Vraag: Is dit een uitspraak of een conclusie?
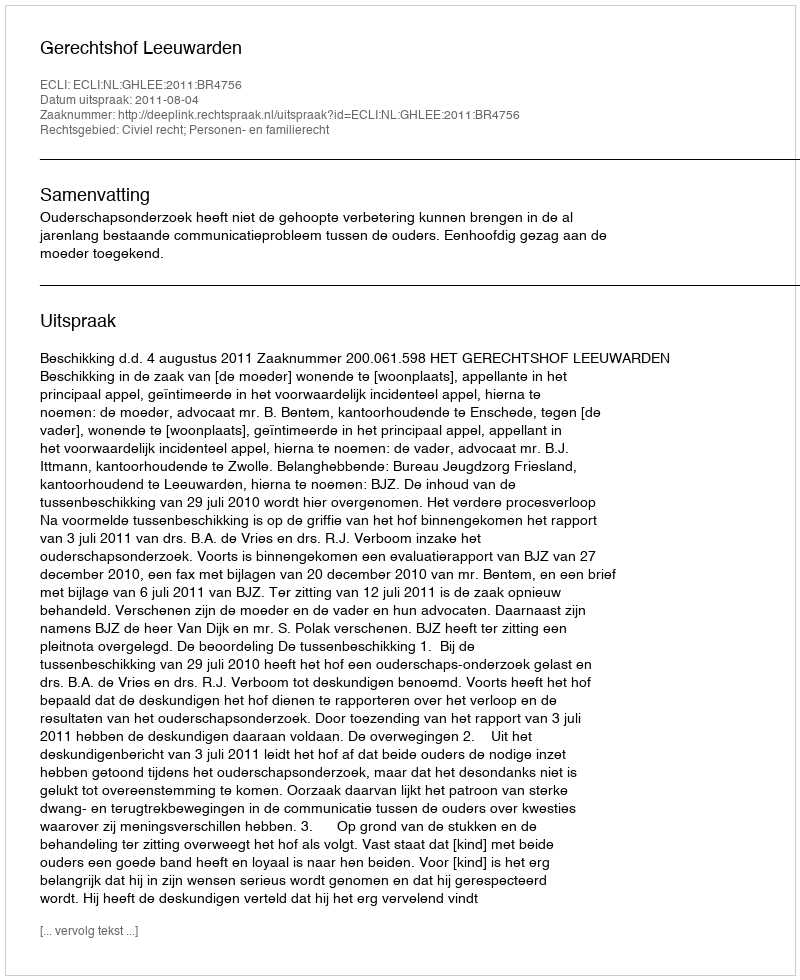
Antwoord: Uitspraak